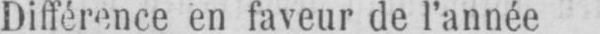
Différence en faveur de l’année